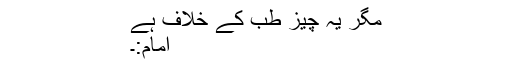
مگر یہ چیز طِب کے خلاف ہے
امام:۔